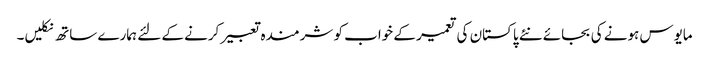
مایوس ہونے کی بجائے نئے پاکستان کی تعمیر کے خواب کو شرمندہ تعبیر کرنے کے لئے ہمارے ساتھ نکلیں۔